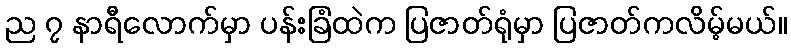
ည ၇ နာရီလောက်မှာ ပန်းခြံထဲက ပြဇာတ်ရုံမှာ ပြဇာတ်ကလိမ့်မယ်။